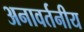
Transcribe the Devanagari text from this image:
अनावर्तनीय